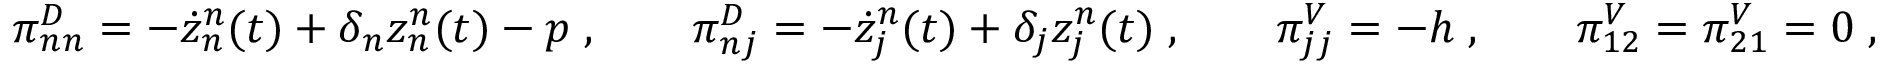
\begin{array} { r } { \pi _ { n n } ^ { D } = - \dot { z } _ { n } ^ { n } ( t ) + \delta _ { n } z _ { n } ^ { n } ( t ) - p \; , \quad \quad \pi _ { n j } ^ { D } = - \dot { z } _ { j } ^ { n } ( t ) + \delta _ { j } z _ { j } ^ { n } ( t ) \; , \quad \quad \pi _ { j j } ^ { V } = - h \; , \quad \quad \pi _ { 1 2 } ^ { V } = \pi _ { 2 1 } ^ { V } = 0 \; , \quad \quad } \end{array}